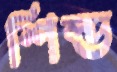
শিল্ড